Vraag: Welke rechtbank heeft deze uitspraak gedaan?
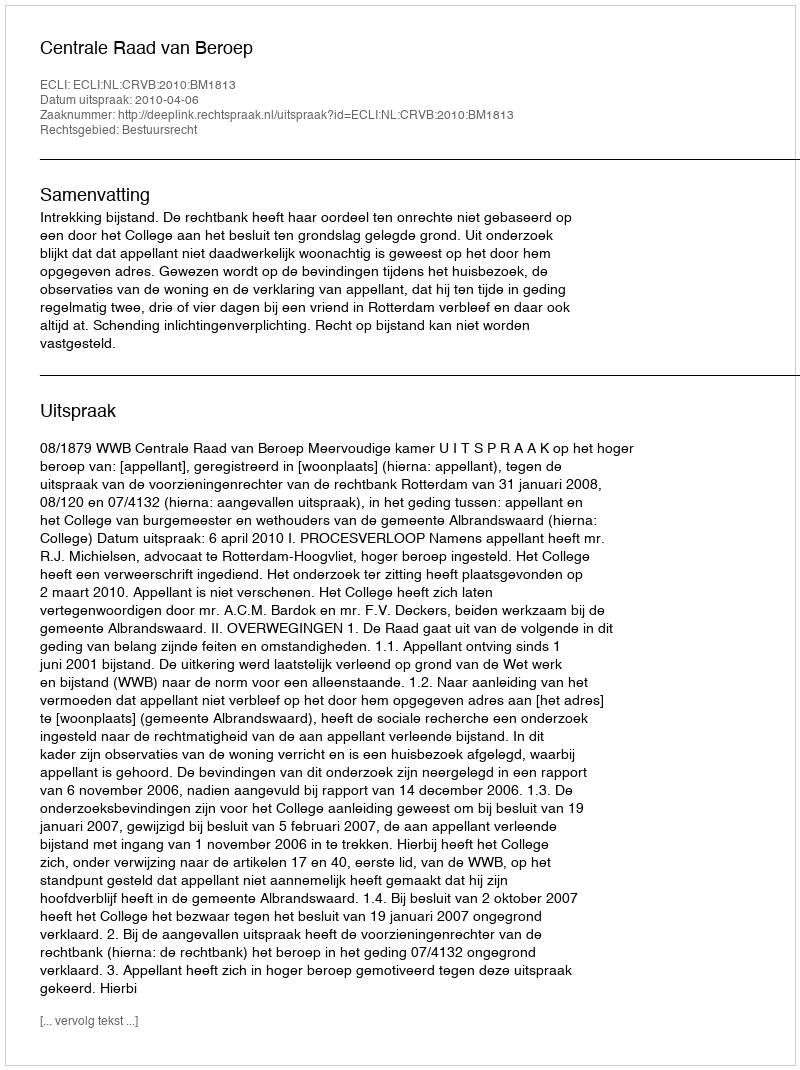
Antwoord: Centrale Raad van Beroep